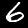
Digit: 6